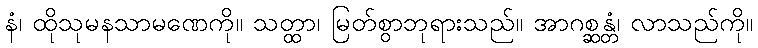
နံ၊ ထိုသုမနသာမဏေကို။ သတ္ထာ၊ မြတ်စွာဘုရားသည်။ အာဂစ္ဆန္တံ၊ လာသည်ကို။